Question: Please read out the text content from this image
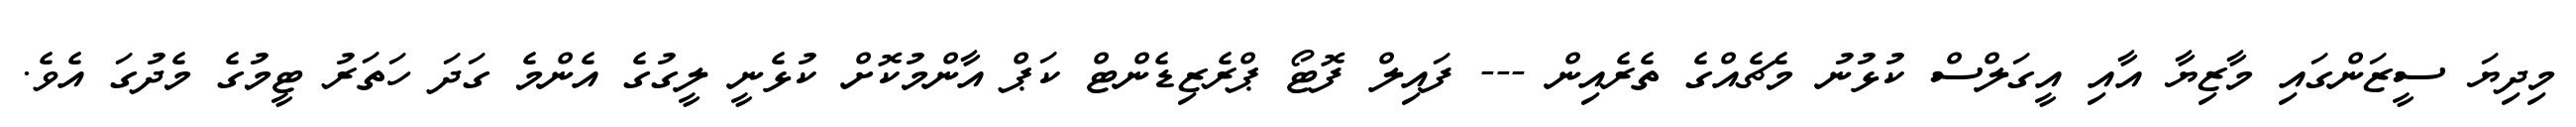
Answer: މިދިޔަ ސީޒަންގައި މާޒިޔާ އާއި އީގަލްސް ކުޅުނު މެޗެއްގެ ތެރެއިން --- ފައިލް ފޮޓޯ ޕްރެޒިޑެންޓް ކަޕް އާންމުކޮށް ކުޅެނީ ލީގުގެ އެންމެ ގަދަ ހަތަރު ޓީމުގެ މެދުގަ އެވެ.